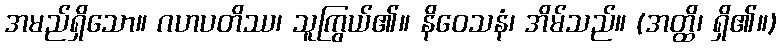
အမည်ရှိသော။ ဂဟပတိဿ၊ သူကြွယ်၏။ နိဝေသနံ၊ အိမ်သည်။ (အတ္ထိ၊ ရှိ၏။)